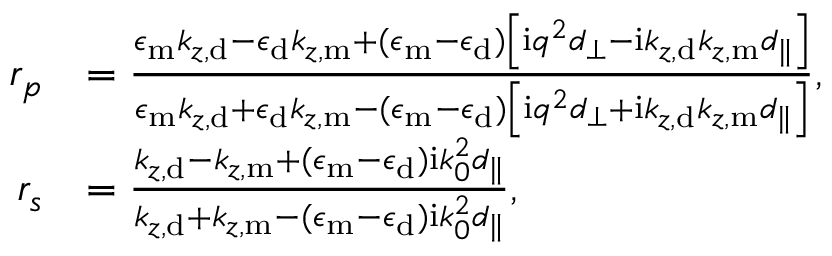
\begin{array} { r l } { r _ { p } } & { = \frac { \epsilon _ { \mathrm { m } } k _ { z , \mathrm { d } } - \epsilon _ { \mathrm { d } } k _ { z , \mathrm { m } } + ( \epsilon _ { \mathrm { m } } - \epsilon _ { \mathrm { d } } ) \left[ \mathrm { i } q ^ { 2 } d _ { \perp } - \mathrm { i } k _ { z , \mathrm { d } } k _ { z , \mathrm { m } } d _ { \parallel } \right] } { \epsilon _ { \mathrm { m } } k _ { z , \mathrm { d } } + \epsilon _ { \mathrm { d } } k _ { z , \mathrm { m } } - ( \epsilon _ { \mathrm { m } } - \epsilon _ { \mathrm { d } } ) \left[ \mathrm { i } q ^ { 2 } d _ { \perp } + \mathrm { i } k _ { z , \mathrm { d } } k _ { z , \mathrm { m } } d _ { \parallel } \right] } , } \\ { r _ { s } } & { = \frac { k _ { z , \mathrm { d } } - k _ { z , \mathrm { m } } + ( \epsilon _ { \mathrm { m } } - \epsilon _ { \mathrm { d } } ) \mathrm { i } k _ { 0 } ^ { 2 } d _ { \parallel } } { k _ { z , \mathrm { d } } + k _ { z , \mathrm { m } } - ( \epsilon _ { \mathrm { m } } - \epsilon _ { \mathrm { d } } ) \mathrm { i } k _ { 0 } ^ { 2 } d _ { \parallel } } , } \end{array}